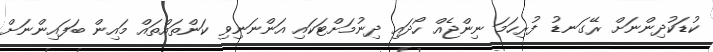
ކުޑަކުދިންނަށް ރޭގަނޑު ފުރިހަމަ ނިންޖެއް ހޯދައި ދިނުމަށްޓަކައި އަންނަނިވި ކަންތައްތައް މައިން ބަފައިންނަށް